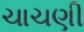
ચાચણી